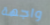
واجهة